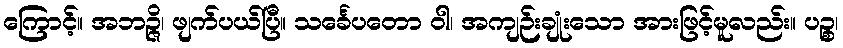
ကြောင့်။ အဘဉ္ဇိ၊ ဖျက်ပယ်ပြီ။ သင်္ခေပတော ဝါ၊ အကျဉ်းချုံးသော အားဖြင့်မူလည်း။ ပဉ္စ၊